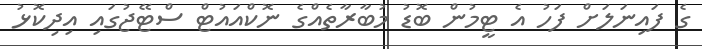
ގެ ފައިނަލަށް ފަހު އެ ޓީމުން ބޮޑު މުބާރާތެއްގެ ނޮކްއައުޓް ސްޓޭޖުގައި އިދިކޮޅު